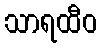
သာရထီဝ